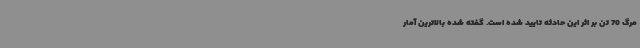
مرگ 70 تن بر اثر این حادثه تایید شده است. گفته شده بالاترین آمار